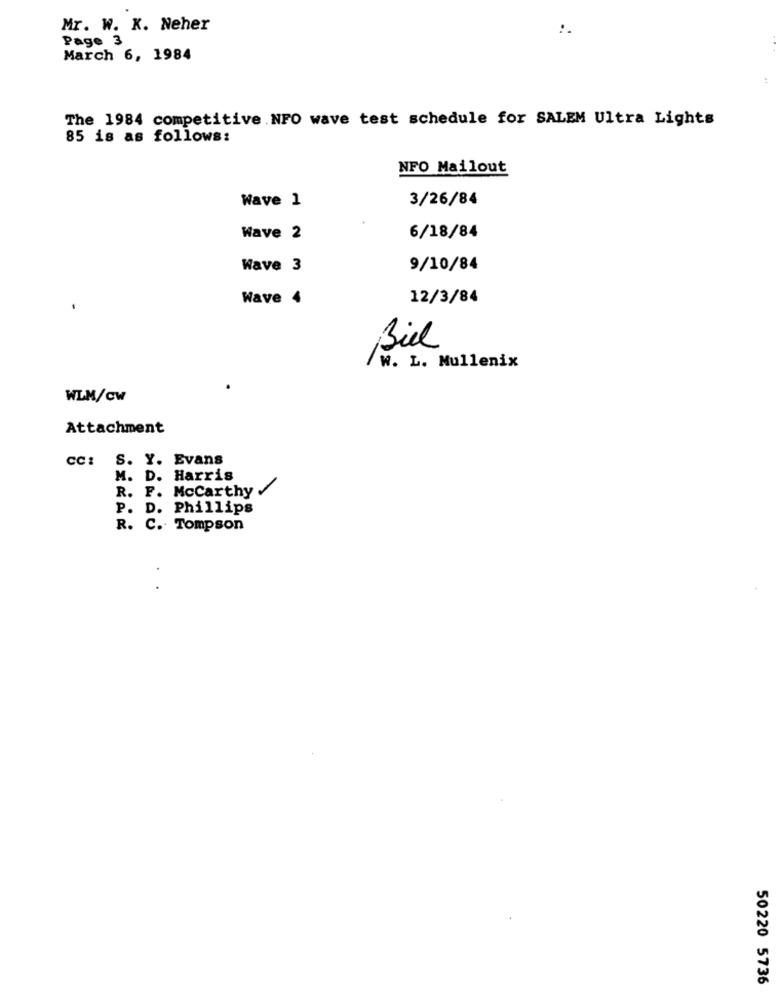
Mr. W. K. Neher
Page 3
March 6, 1984
The 1984 competitive.NFO wave test schedule for SALEM Ultra Lights
85 is as follows:
NFO Mailout
3/26/84
Wave 1
Wave 2
6/18/84
Wave 3
9/10/84
Wave 4
12/3/84
Bill
W. L. Mullenix
WLM/Cw
Attachment
CC: S. Y. Evans
M. D. Harris
R. F. Mccarthy
P. D. Phillips
R. C. Tompson
.
50220 5736